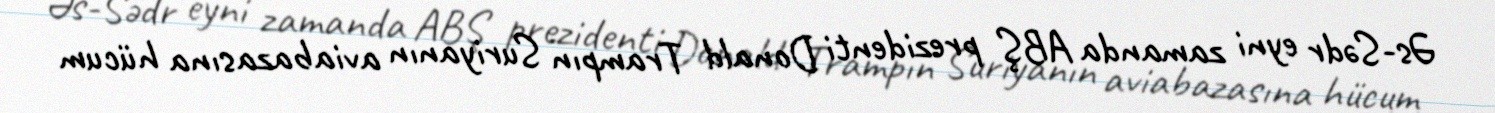
Əs-Sədr eyni zamanda ABŞ prezidenti Donald Trampın Suriyanın aviabazasına hücum